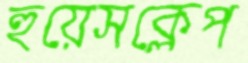
হুয়েসক্লেপ